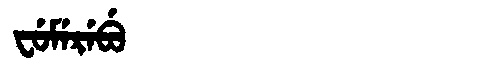
Manchu: ᠸᡠᠮᡝᡵᡝᠪᡠ
Romanization: FUMEREBU